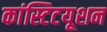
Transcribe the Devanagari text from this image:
कांस्टिटयूशन